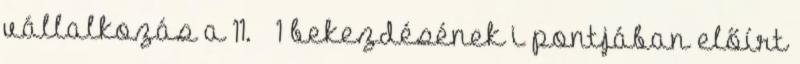
vállalkozás a 11. § 1 bekezdésének i pontjában előírt